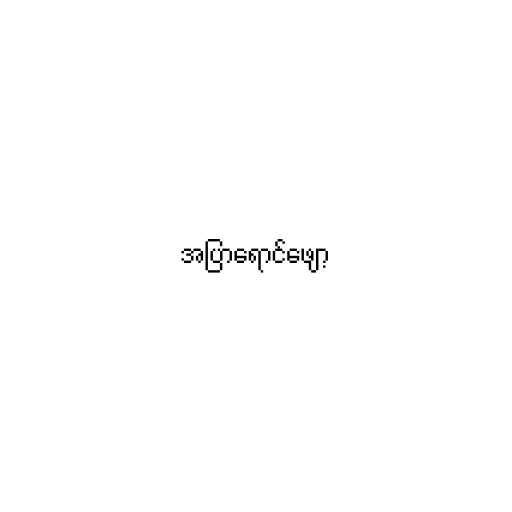
အပြာရောင်ဖျော့